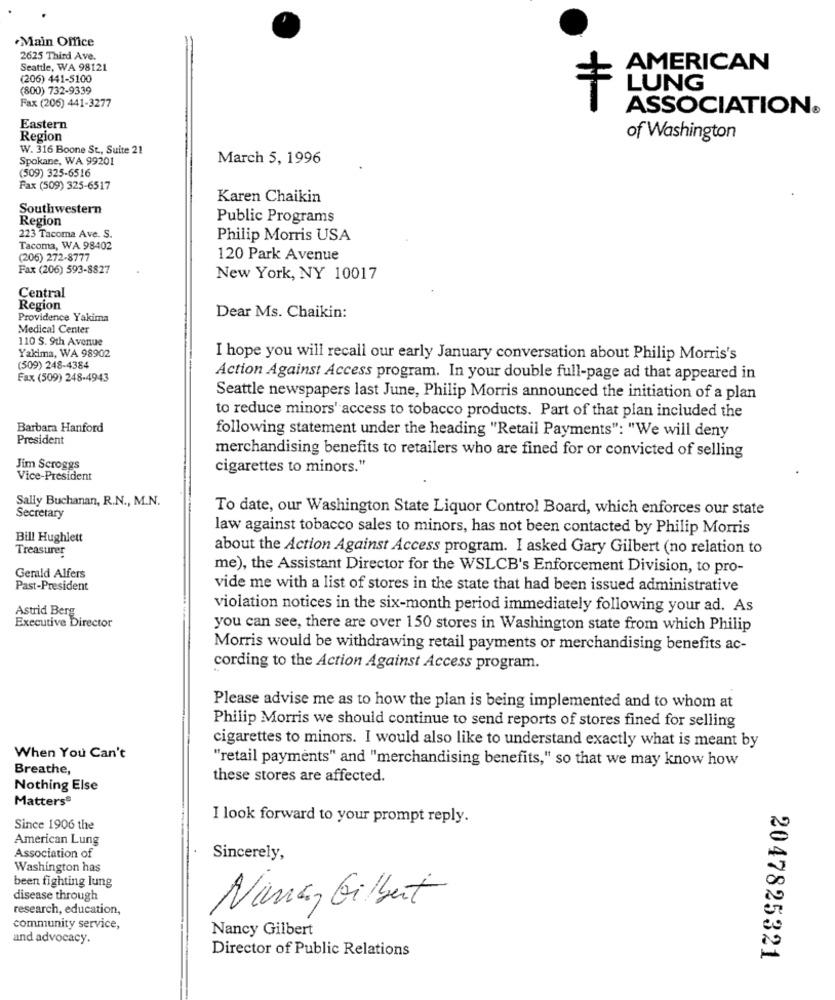
Main Office
2625 Third Ave.
Seattle, WA 98121
AMERICAN
(206) 441-5100
(800) 732-9339
LUNG
Fax (206) 441-3277
ASSOCIATION®
Eastern
Region
of Washington
W. 316 Boone St ., Suite 21
Spokane, WA 99201
March 5, 1996
(509) 325-6516
Fax (509) 325-6517
Karen Chaikin
Southwestern
Region
Public Programs
223 Tacoma Ave. S.
Philip Morris USA
Tacoma, WA 98402
(206) 272-8777
120 Park Avenue
Fax (206) 593-8827
New York, NY 10017
Central
Region
Providence Yakima
Dear Ms. Chaikin:
Medical Center
110 S. 9th Avenue
Yakima, WA 98902
I hope you will recall our early January conversation about Philip Morris's
(509) 248-4384
Fax (509) 248-4943
Action Against Access program. In your double full-page ad that appeared in
Seattle newspapers last June, Philip Morris announced the initiation of a plan
to reduce minors' access to tobacco products. Part of that plan included the
Barbara Hanford
President
following statement under the heading "Retail Payments": "We will deny
merchandising benefits to retailers who are fined for or convicted of selling
Jim Scroggs
cigarettes to minors."
Vice-President
Sally Buchanan, R.N ., M.N.
To date, our Washington State Liquor Control Board, which enforces our state
Secretary
law against tobacco sales to minors, has not been contacted by Philip Morris
Bill Hughlett
Treasurer
about the Action Against Access program. I asked Gary Gilbert (no relation to
me), the Assistant Director for the WSLCB's Enforcement Division, to pro-
Gerald Alfers
Past-President
vide me with a list of stores in the state that had been issued administrative
Astrid Berg
violation notices in the six-month period immediately following your ad. As
Executive Director
you can see, there are over 150 stores in Washington state from which Philip
Morris would be withdrawing retail payments or merchandising benefits ac-
cording to the Action Against Access program.
Please advise me as to how the plan is being implemented and to whom at
Philip Morris we should continue to send reports of stores fined for selling
cigarettes to minors. I would also like to understand exactly what is meant by
When You Can't
"retail payments" and "merchandising benefits," so that we may know how
Breathe,
these stores are affected.
Nothing Else
Matters®
I look forward to your prompt reply.
Since 1906 the
American Lung
Association of
Sincerely,
Washington has
been fighting lung
disease through
research, education,
Nana, Gilbert
community service,
Nancy Gilbert
and advocacy.
Director of Public Relations
2047825321